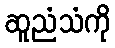
ဆူညံသံကို